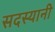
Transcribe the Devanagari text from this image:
सदस्यानी